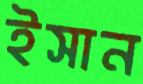
ইসান